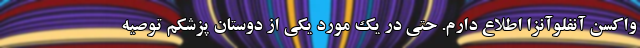
واکسن آنفلوآنزا اطلاع دارم. حتی در یک مورد یکی از دوستان پزشکم توصیه